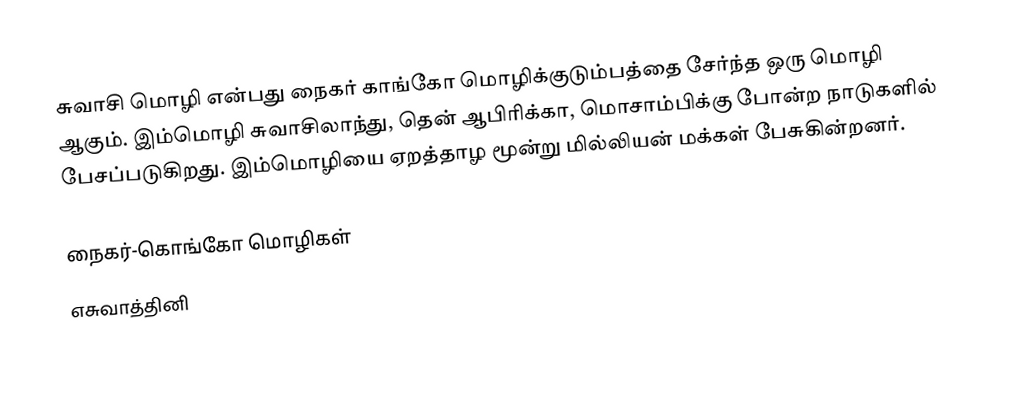
சுவாசி மொழி என்பது நைகர் காங்கோ மொழிக்குடும்பத்தை சேர்ந்த ஒரு மொழி ஆகும். இம்மொழி சுவாசிலாந்து, தென் ஆபிரிக்கா, மொசாம்பிக்கு போன்ற நாடுகளில் பேசப்படுகிறது. இம்மொழியை ஏறத்தாழ மூன்று மில்லியன் மக்கள் பேசுகின்றனர்.

நைகர்-கொங்கோ மொழிகள்
எசுவாத்தினி